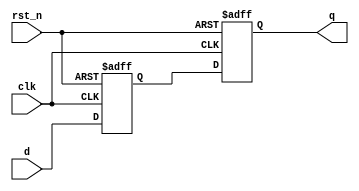
module d_flip_flop_delay (
input wire clk,
input wire rst_n,
input wire d,
output reg q
);

reg delayed_input;

always @ (posedge clk or negedge rst_n) begin
    if (!rst_n) begin
        delayed_input <= 1'b0;
    end else begin
        delayed_input <= d;
    end
end

always @ (posedge clk or negedge rst_n) begin
    if (!rst_n) begin
        q <= 1'b0;
    end else begin
        q <= delayed_input;
    end
end

endmodule